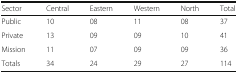
<table><thead><tr><td><b>Sector</b></td><td><b>Central</b></td><td><b>Eastern</b></td><td><b>Western</b></td><td><b>North</b></td><td><b>Total</b></td></tr></thead><tbody><tr><td>Public</td><td>10</td><td>08</td><td>11</td><td>08</td><td>37</td></tr><tr><td>Private</td><td>13</td><td>09</td><td>09</td><td>10</td><td>41</td></tr><tr><td>Mission</td><td>11</td><td>07</td><td>09</td><td>09</td><td>36</td></tr><tr><td>Totals</td><td>34</td><td>24</td><td>29</td><td>27</td><td>114</td></tr></tbody></table>